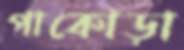
পাকোড়া